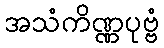
အသံကိဏ္ဏပုဗ္ဗံ